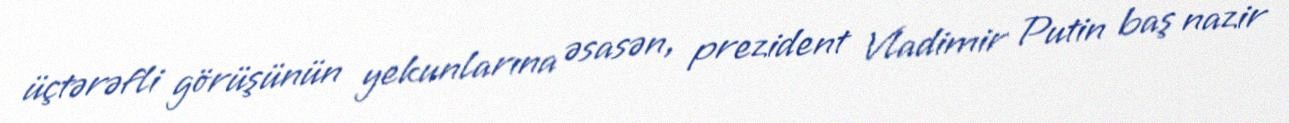
üçtərəfli görüşünün yekunlarına əsasən, prezident Vladimir Putin baş nazir